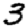
Digit: 3